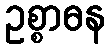
ဥစ္စာဓန